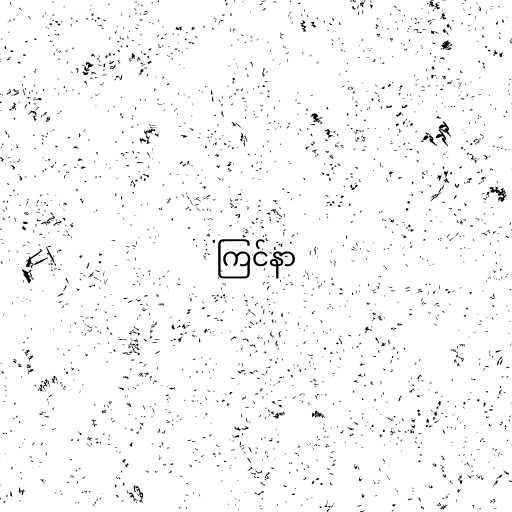
ကြင်နာ